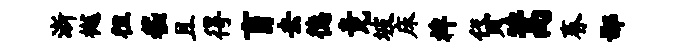
浙樾徂嵇且得盲去德竟坡床裨贷蒿春鄙